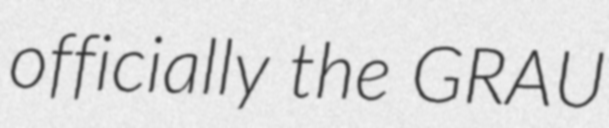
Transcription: officially the GRAU